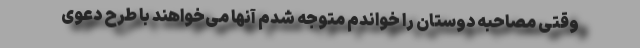
وقتی مصاحبه دوستان را خواندم متوجه شدم آنها می‌خواهند با طرح دعوی